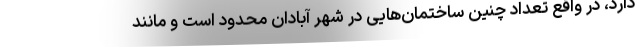
دارد، در واقع تعداد چنین ساختمان‌هایی در شهر آبادان محدود است و مانند